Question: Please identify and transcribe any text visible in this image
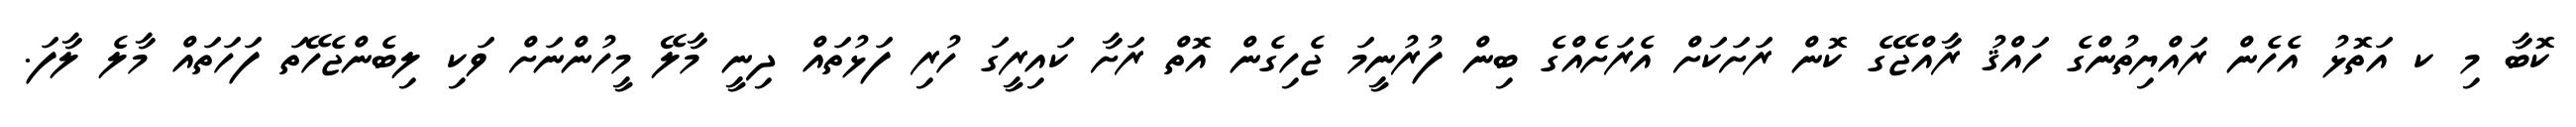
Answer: ކޮބާ މި ކ އަތޮޅު އެހެން ރައްޔިތުންގެ ހައްޤު ރާއްޖޭގެ ކޮން ރަށަކަށް އެރަށެއްގެ ބިން ފުރުނީމަ ޖެހިގެން އޮތް ރަށާ ކައިރީގަ ހުރި ފަޅުތައް ދިނީ މާލޭ މީހުންނަށް ވަކި ލިބެންޖެހޭތަ ފަހަތައް މާލެ ލާފަ.